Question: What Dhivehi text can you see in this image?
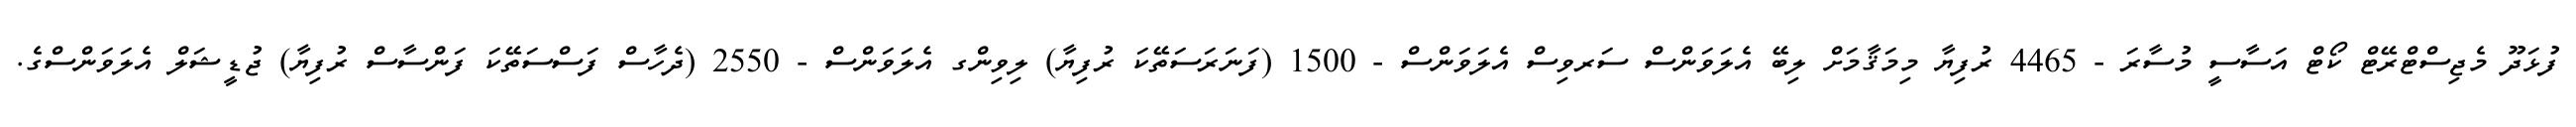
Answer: ފުޅަދޫ މެޖިސްޓްރޭޓް ކޯޓް އަސާސީ މުސާރަ - 4465 ރުފިޔާ މިމަޤާމަށް ލިބޭ އެލަވަންސް ސަރވިސް އެލަވަންސް - 1500 (ފަނަރަސަތޭކަ ރުފިޔާ) ލިވިންގ އެލަވަންސް - 2550 (ދެހާސް ފަސްސަތޭކަ ފަންސާސް ރުފިޔާ) ޖުޑީޝަލް އެލަވަންސްގެ.